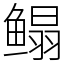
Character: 鳎